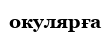
окулярға